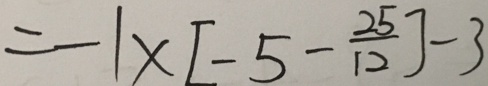
= - 1 \times [ - 5 - \frac { 2 5 } { 1 2 } ] - 3